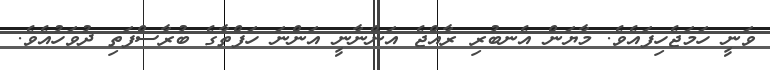
ވަނީ ހަމަޖެހިފައެވެ. މާޔަން އެނބުރި ރާއްޖެ އަންނާނީ އަންނަ ހަފްތާގެ ބުރާސްފަތި ދުވަހުއެވެ.